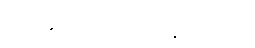
မုတ်ဆိတ်မွေး ရိတ်ချင်တယ်။